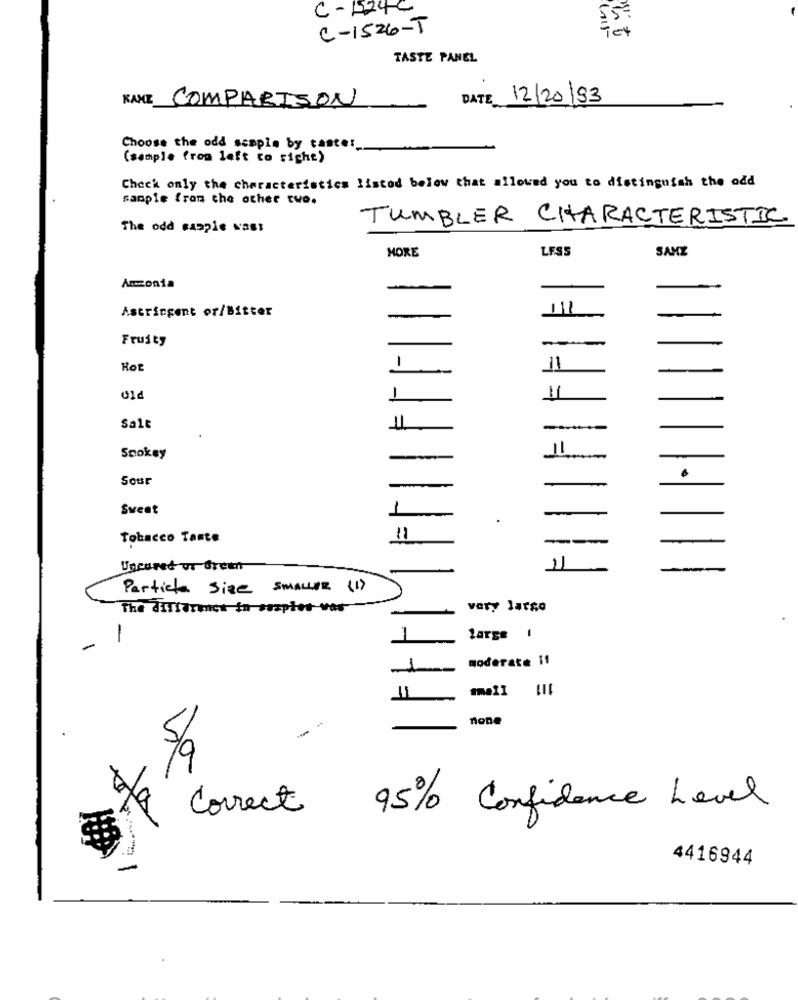
C- 1524C
55
C-1526-T
TASTE PANEL
KANE COMPARISON
DATE 12/20/93
Choose the odd scaple by tante:
(sample from left to right)
Check only the characteristics listed below that allowed you to distinguish the odd
sample from che other two.
TUMBLER CHARACTERISTIC
The odd sample vast
MORE
LESS
SAME
Amzonia
Astringent or/Bitter
11
Fruity
-
1
Hot
11
-
Salt
11
Spokey
-
Sour
Sweet
Tobacco Taste
11
--
Uncured ur Green
11
Particle Size SMALLER (1)
The HITfarenct in samples was
very larso
-
-
large 1
moderate 11
1
11
none
/a
* correct 95% Confidence Level
4416944
-